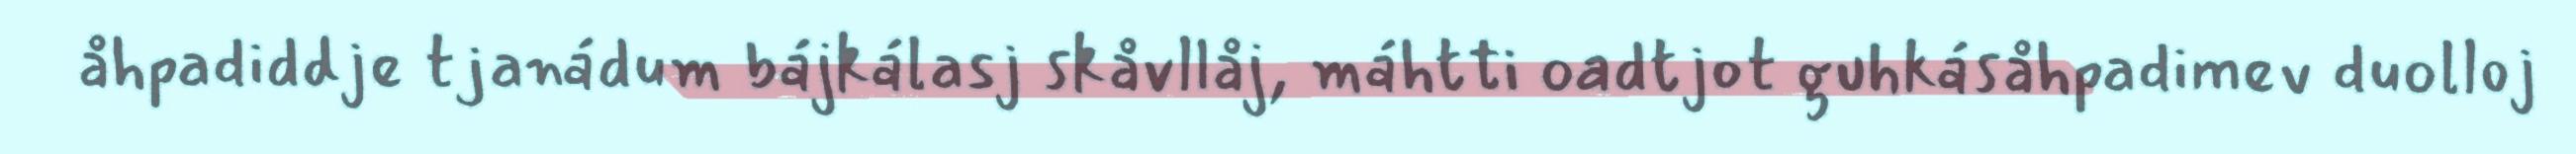
åhpadiddje tjanádum bájkálasj skåvllåj, máhtti oadtjot guhkásåhpadimev duolloj